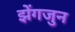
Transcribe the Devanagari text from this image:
झेंगजुन